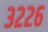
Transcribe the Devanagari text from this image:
३२२६